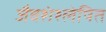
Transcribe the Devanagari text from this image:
जैवशंश्लेषित